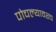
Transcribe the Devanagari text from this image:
पोचल्यावरच